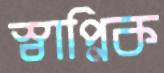
স্বাপ্নিক